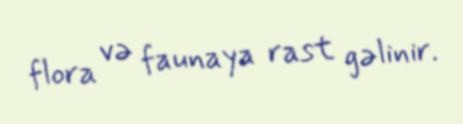
flora və faunaya rast gəlinir.